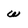
Character: w